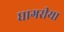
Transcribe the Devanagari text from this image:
घागरीया